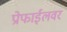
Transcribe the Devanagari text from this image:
प्रोफाईलवर